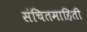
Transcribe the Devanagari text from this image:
संचितमाहिती